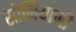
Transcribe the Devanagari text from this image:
सोनियाजी